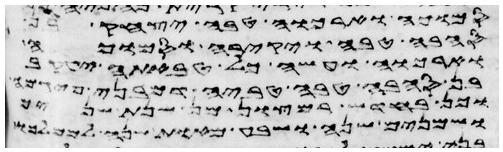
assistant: יהוה ואראה אל אברהם ואל יצחק ואל
הבהמה הטהרה ומכל
לא יראוה ועבדי כלב עקב
בין הבהמה הטהרה לטמאה ובין העוף
מבן חדש ועד בן חמש שנים
ושמנים שנה ושבע מאות שנה